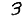
Digit: 3